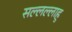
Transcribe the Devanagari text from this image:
सल्लल्लाहु